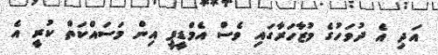
އަދި އެ ދުވަހުގެ މުޒާހަރާގައި ވެސް އެމްޑީޕީ އިން މަސައްކަތް ކުރީ އެ